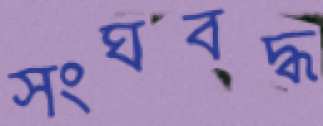
সংঘবদ্ধ